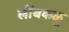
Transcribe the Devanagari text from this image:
लोंबकळू